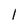
Character: 1